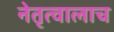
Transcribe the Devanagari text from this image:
नेतृत्वालाच